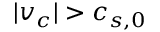
| v _ { c } | > c _ { s , 0 }